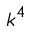
k ^ { 4 }